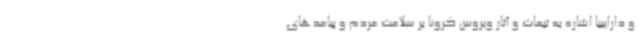
و داراییبا اشاره به تبعات و آثار ویروس کرونا بر سلامت مردم و پیامدهای